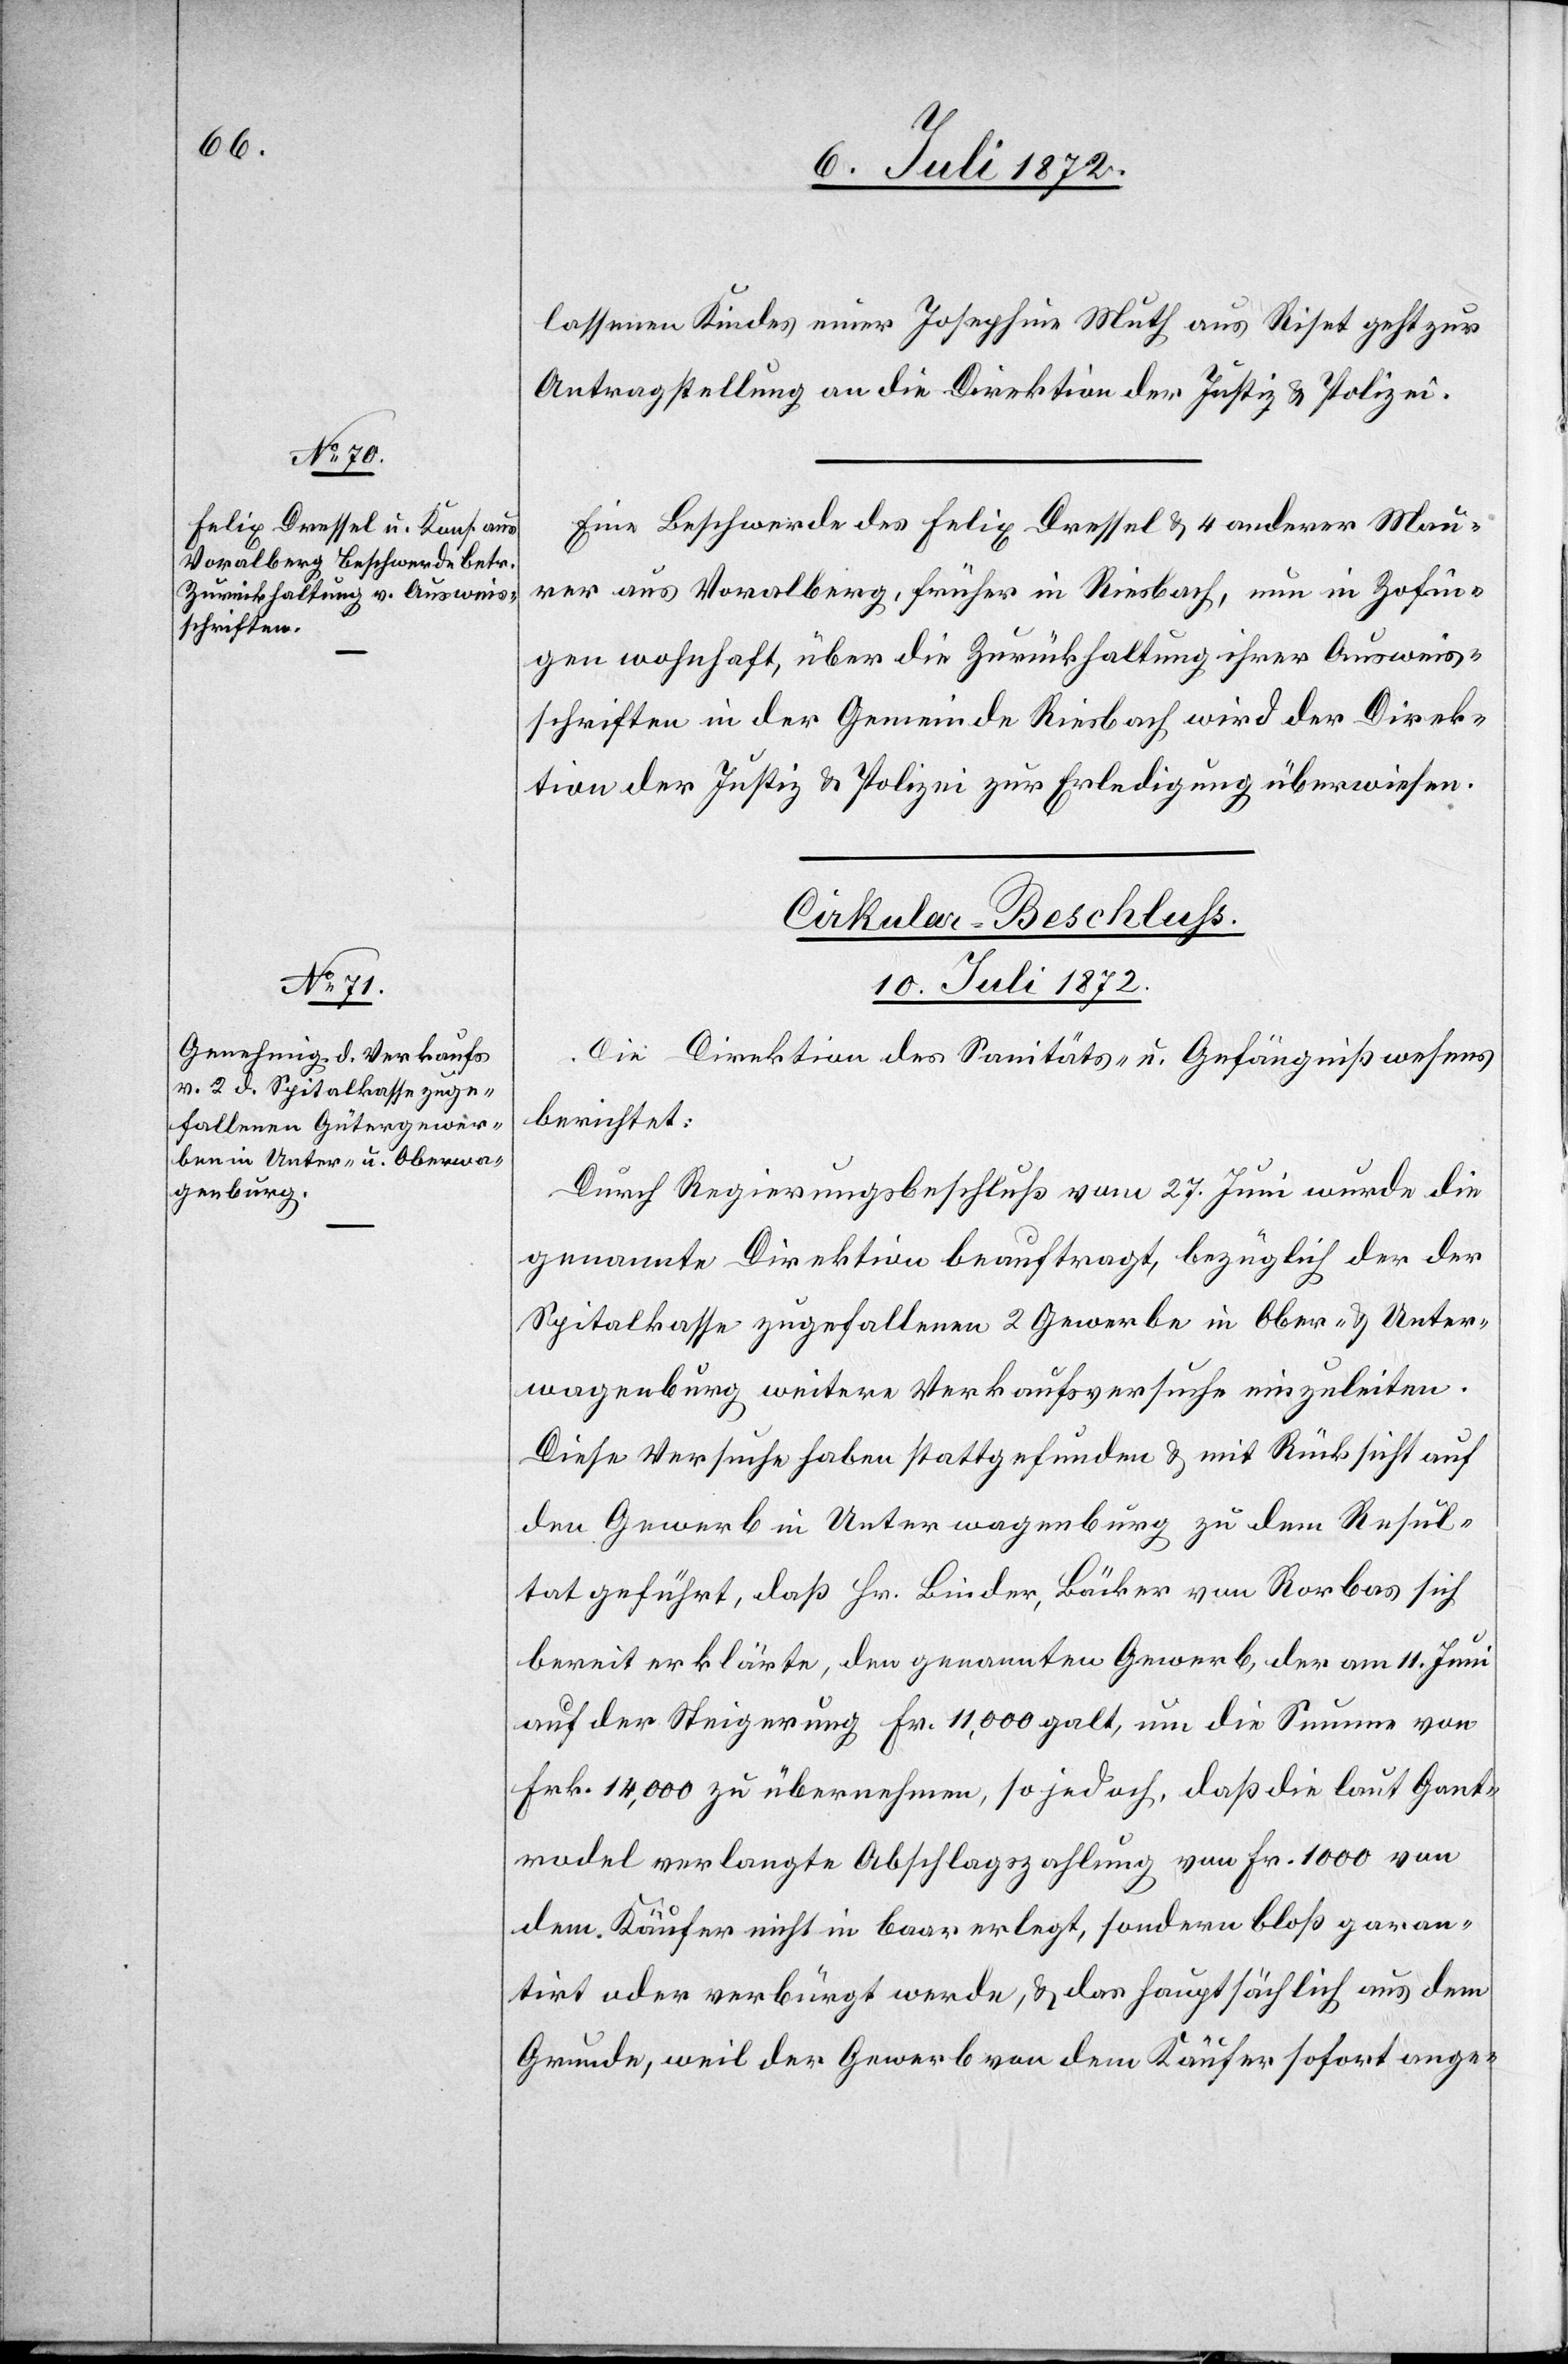
lassenen Kindes einer Josephine Muth aus Riset geht zur
Antragstellung an die Direktion der Justiz u. Polizei.
Eine Beschwerde des Felix Dressel u. 4 anderer Män¬
ner aus Voralberg, früher in Riesbach, nun in Zofin¬
gen wohnhaft, über die Zurückhaltung ihrer Ausweis¬
schriften in der Gemeinde Riesbach[,] wird der Direk¬
tion der Justiz u. Polizei zu Erledigung überwiesen.
Cirkular-Beschluss.
10. Juli 1872.
Die Direktion des Sanitäts- u. Gefängnißwesens
berichtet:
Durch Regierungsbeschluß vom 27. Juni wurde die
genannte Direktion beauftragt, bezüglich der der
Spitalkasse zugefallenen 2 Gewerbe in Ober- u. Unter¬
wagenburg weitere Verkaufsversuche einzuleiten.
Diese Versuche haben stattgefunden u. mit Rücksicht auf
den Gewerb in Unterwagenburg zu dem Resul¬
tat geführt, daß Hr. Binder, Bäcker von Rorbas sich
bereit erklärte, den genannten Gewerb, der am 11. Juni
auf der Steigerung Fr. 11,000 galt, um die Summe von
Frk. 14,000 zu übernehmen, so jedoch, daß die laut Gant¬
rodel verlangte Abschlagszahlung von Fr. 1000 von
dem Käufer nicht in baar erlegt, sondern bloß garan¬
tirt oder verbürgt werde, u. das hauptsächlich aus dem
Grunde, weil der Gewerb von dem Käufer sofort ange-